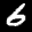
Label: 6